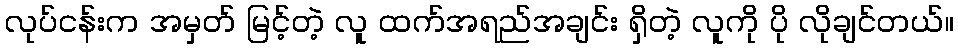
လုပ်ငန်းက အမှတ် မြင့်တဲ့ လူ ထက်အရည်အချင်း ရှိတဲ့ လူကို ပို လိုချင်တယ်။